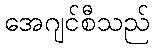
အေဂျင်စီသည်